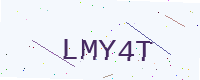
Text: LMY4T